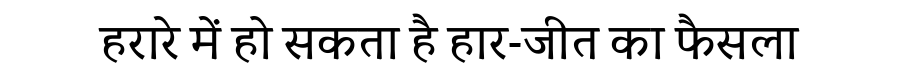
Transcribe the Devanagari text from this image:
हरारे में हो सकता है हार-जीत का फैसला